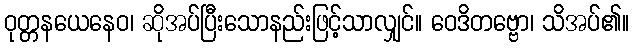
ဝုတ္တနယေနေဝ၊ ဆိုအပ်ပြီးသောနည်းဖြင့်သာလျှင်။ ဝေဒိတဗ္ဗော၊ သိအပ်၏။